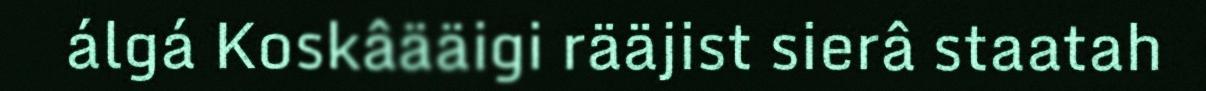
álgá Koskâääigi rääjist sierâ staatah